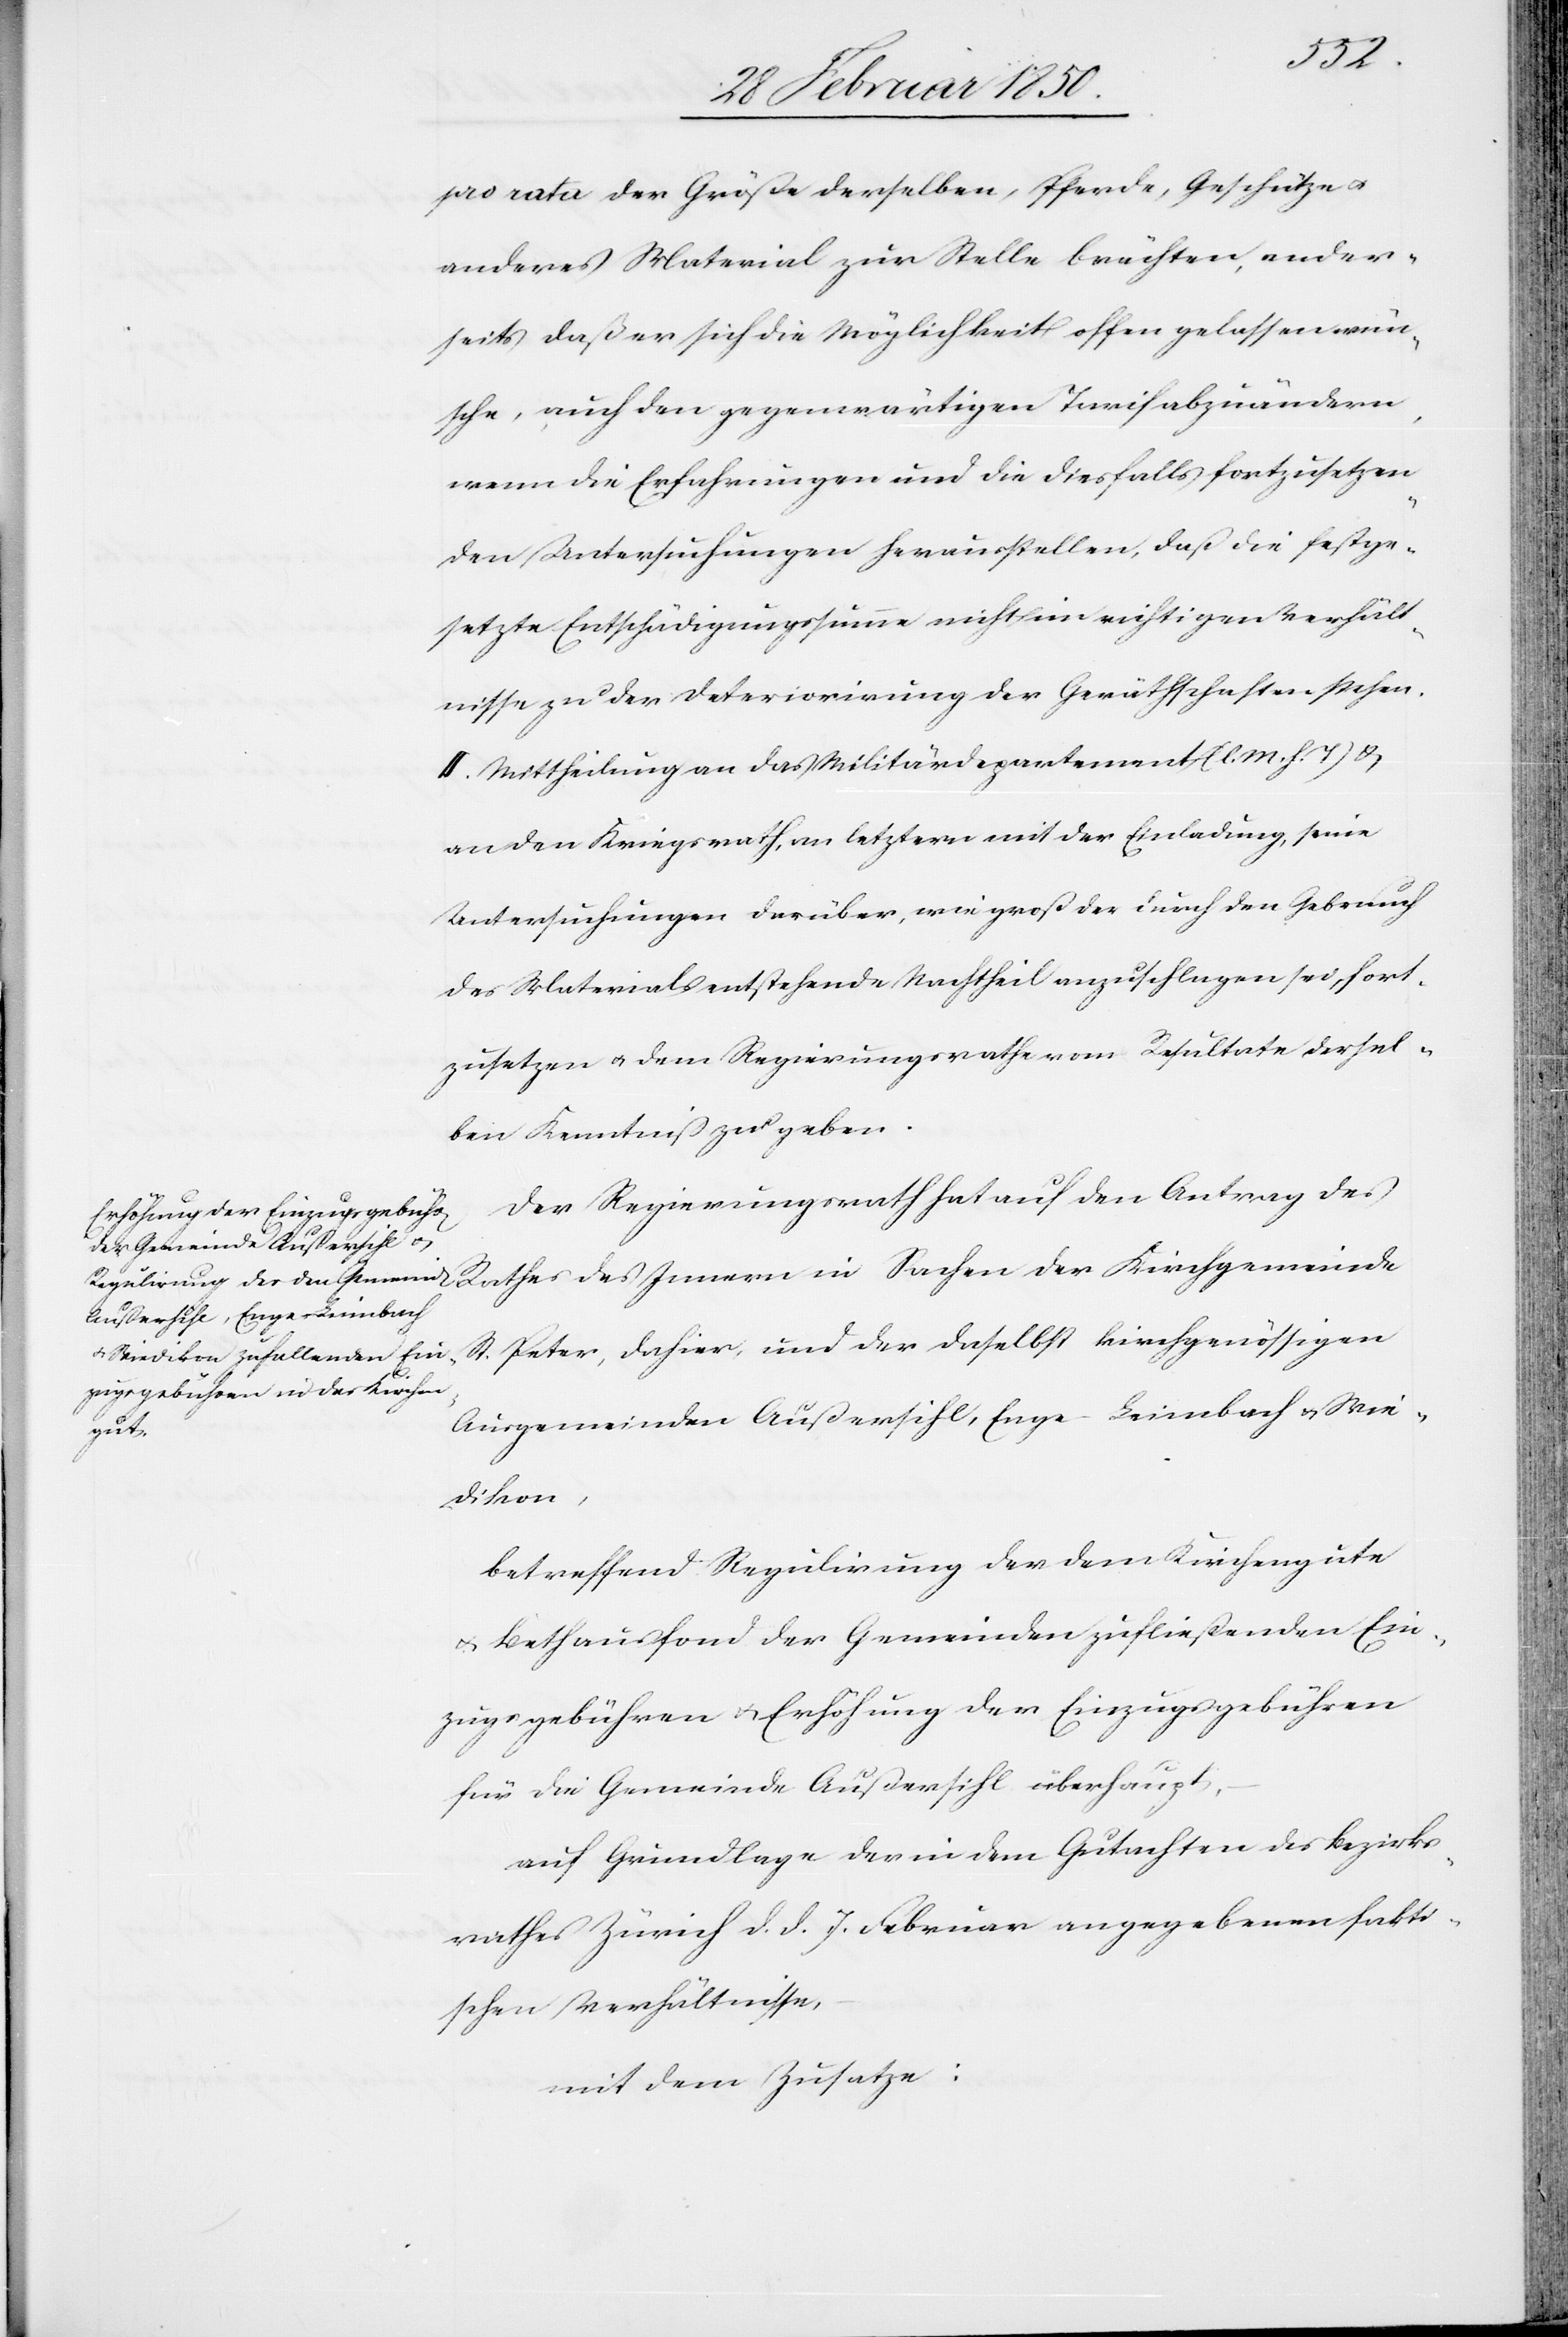
pro rata der Größe derselben, Pferde, Geschütze u.
anderes Material zur Stelle brächten, ander¬
seits daß er sich die Möglichkeit offen gelassen wün¬
sche, auch den gegenwärtigen Tarif abzuändern,
wenn die Erfahrungen und die diesfalls fortzusetzen¬
den Untersuchungen herausstellen, daß die festge¬
setzte Entschädigungssumme nicht im richtigen Verhält¬
nisse zu der Deteriorirung der Geräthschaften stehen.
II. Mittheilung an das Militärdepartement (l. M. h. T.) u.
an den Kriegsrath, an letztern mit der Einladung, seine
Untersuchungen darüber, wie groß der durch den Gebrauch
des Materials entstehende Nachtheil anzuschlagen sei, fort¬
zusetzen u. dem Regierungsrathe vom Resultate dersel¬
ben Kenntniß zu geben.
Der Regierungsrath hat auf den Antrag des
St. Peter, dahier, und der daselbst kirchgenössigen
Ausgemeinden Außersihl, Enge-Leimbach u. Wie¬
der
dikon,
betreffend Regulirung der dem Kirchengute
u. Bethausfond der Gemeinden zufließenden Ein¬
zugsgebühren u. Erhöhung der Einzugsgebühren
für die Gemeinde Außersihl überhaupt,
auf Grundlage der in dem Gutachten des Bezirk¬
rathes Zürich d. d. 7. Februar angegebenen fakti¬
schen Verhältnisse,
mit dem Zusatze: